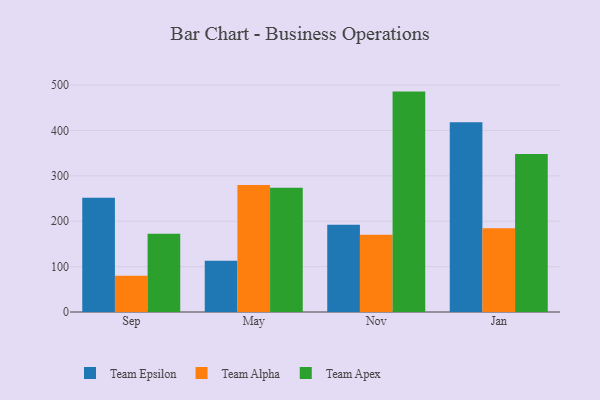
{"axis": {"x": "Month", "y": "Budget (USD K)"}, "legend": ["Team Alpha", "Team Apex", "Team Epsilon"], "data": [{"x": "Sep", "y": 251.7, "type": "Team Epsilon"}, {"x": "Sep", "y": 79.7, "type": "Team Alpha"}, {"x": "Sep", "y": 172.4, "type": "Team Apex"}, {"x": "May", "y": 112.8, "type": "Team Epsilon"}, {"x": "May", "y": 279.8, "type": "Team Alpha"}, {"x": "May", "y": 273.9, "type": "Team Apex"}, {"x": "Nov", "y": 192.4, "type": "Team Epsilon"}, {"x": "Nov", "y": 170.0, "type": "Team Alpha"}, {"x": "Nov", "y": 485.7, "type": "Team Apex"}, {"x": "Jan", "y": 418.3, "type": "Team Epsilon"}, {"x": "Jan", "y": 184.3, "type": "Team Alpha"}, {"x": "Jan", "y": 348.4, "type": "Team Apex"}]}